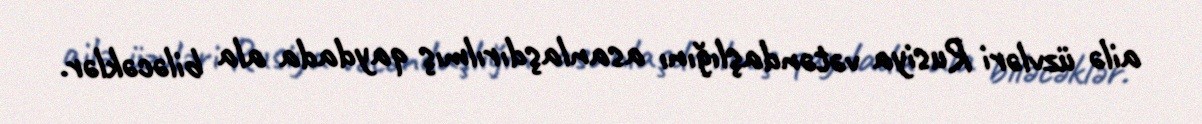
ailə üzvləri Rusiya vətəndaşlığını asanlaşdırılmış qaydada ala biləcəklər.